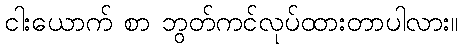
ငါးယောက် စာ ဘွတ်ကင်လုပ်ထားတာပါလား။